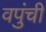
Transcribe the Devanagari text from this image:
वपुंची